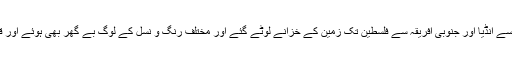
امریکہ سے انڈیا اور جنوبی افریقہ سے فلسطین تک زمین کے خزانے لوٹے گئے اور مختلف رنگ و نسل کے لوگ بے گھر بھی ہوئے اور قتل بھی۔